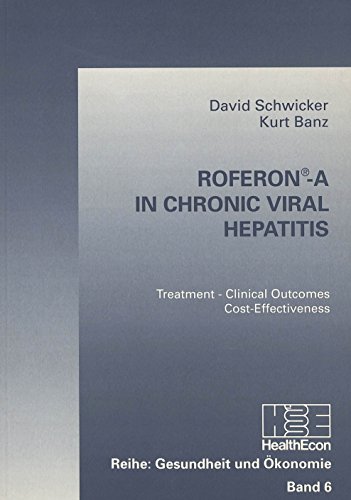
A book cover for RoferonÃE-A in Chronic Viral Hepatitis: Treatment - Clinical Outcomes - Cost-Effectiveness (Gesundheit Und Okonomie ; Bd. 6); David Schwicker; Health, Fitness & Dieting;